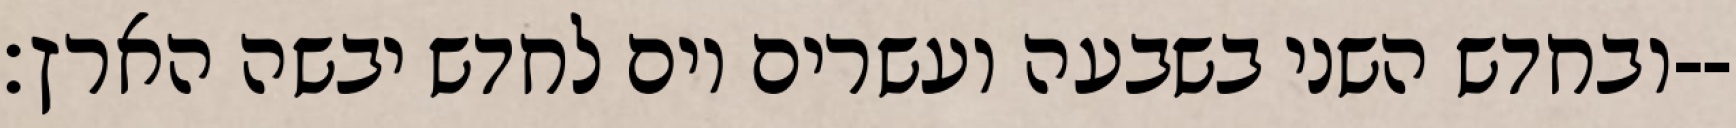
ובחדש השני בשבעה ועשרים יום לחדש יבשה הארץ׃--